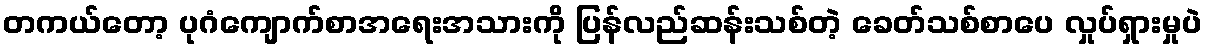
တကယ်တော့ ပုဂံကျောက်စာအရေးအသားကို ပြန်လည်ဆန်းသစ်တဲ့ ခေတ်သစ်စာပေ လှုပ်ရှားမှုပဲ